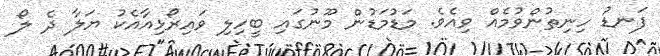
ފަނޑު ހިނިތުންވުމެއް ވިއެވެ. މަޑުމަޑުން މޫނުގައި ބީހިލި ވައިރޯޅިއާއެކު ޔަލާ ދެ ލޯ